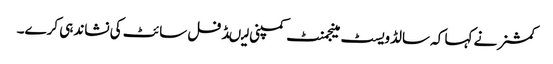
کمشنر نے کہا کہ سالڈویسٹ مینجمنٹ کمپنی لیںڈ فل سائٹ کی نشاندہی کرے۔